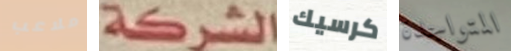
ملاعب الشركة كرسيك المتواجدة